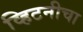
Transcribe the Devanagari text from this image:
व्हिटनीचा